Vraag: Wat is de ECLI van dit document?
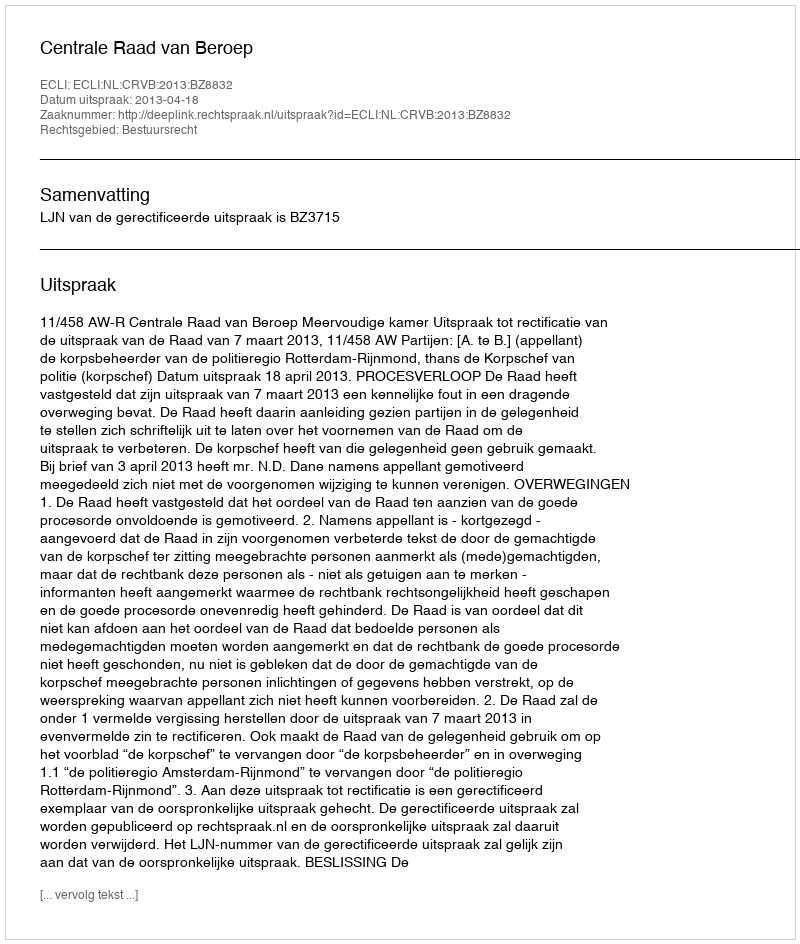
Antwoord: ECLI:NL:CRVB:2013:BZ8832